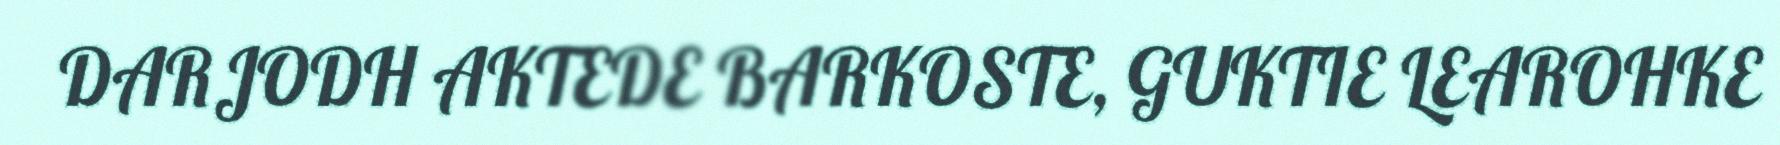
DARJODH AKTEDE BARKOSTE, GUKTIE LEAROHKE